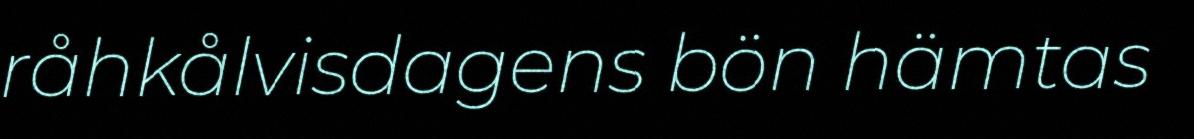
råhkålvisdagens bön hämtas